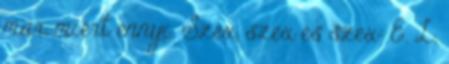
már, miért ennyi. Szex, szex és szex: E. L.